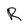
Character: R